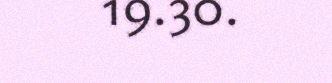
19.30.